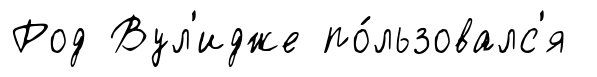
Род Вул'идже по́льзовалс'я